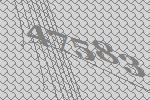
47583